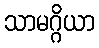
သာမဂ္ဂိယာ